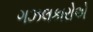
ગઝલકારોએ